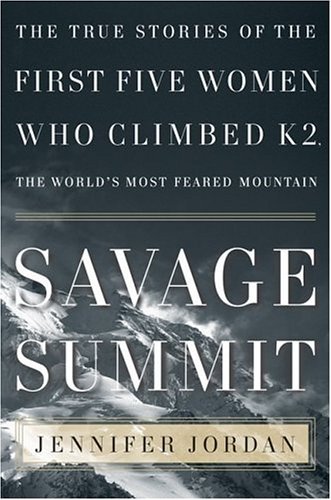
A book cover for Savage Summit: The True Stories of the First Five Women Who Climbed K2, the World's Most Feared Mountain; Jennifer Jordan; Sports & Outdoors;